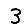
Digit: 3